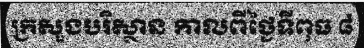
ក្រសួងបរិស្ថាន កាលពីថ្ងៃទីពុធ ៨